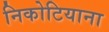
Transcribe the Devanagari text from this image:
निकोटियाना